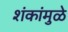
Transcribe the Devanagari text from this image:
शंकांमुळे